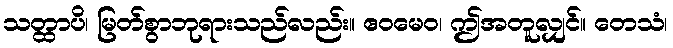
သတ္ထာပိ၊ မြတ်စွာဘုရားသည်လည်း။ ဧဝမေဝ၊ ဤအတူလျှင်။ တေသံ၊